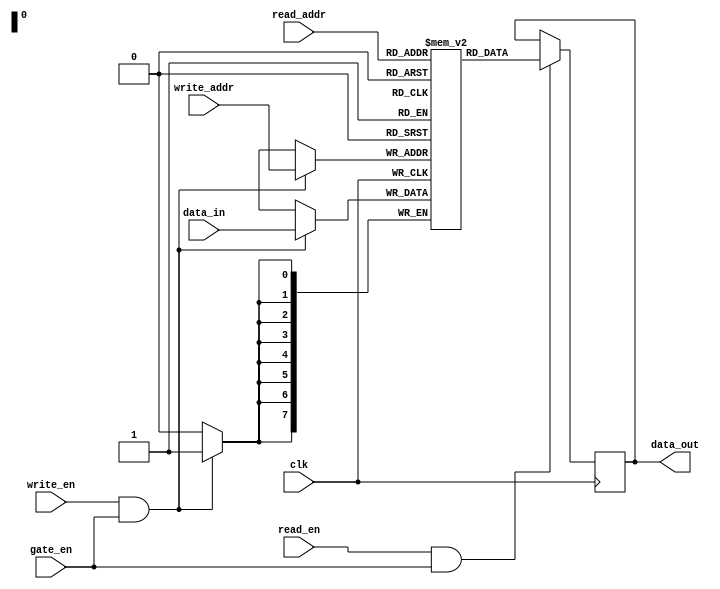
module dual_port_ram 
  (
    input wire clk, 
    input wire [7:0] data_in,
    input wire [7:0] write_addr,
    input wire [7:0] read_addr,
    input wire write_en,
    input wire read_en,
    input wire gate_en,
    output reg [7:0] data_out
  );
  
  reg [7:0] mem [0:255]; // 256 x 8-bit memory
  
  always @ (posedge clk) begin
    if (write_en && gate_en) begin
      mem[write_addr] <= data_in;
    end
    
    if (read_en && gate_en) begin
      data_out <= mem[read_addr];
    end
  end

endmodule